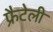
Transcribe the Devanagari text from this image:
फ्रैटेली